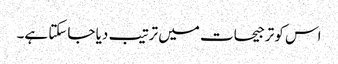
اس کو ترجیحات میں ترتیب دیا جاسکتا ہے۔